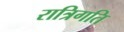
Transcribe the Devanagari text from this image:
रात्रिगति